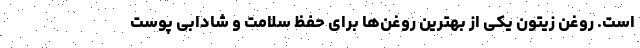
است. روغن زیتون یکی از بهترین روغن‌ها برای حفظ سلامت و شادابی پوست